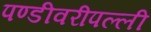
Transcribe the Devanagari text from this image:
पण्डीवरीपल्ली